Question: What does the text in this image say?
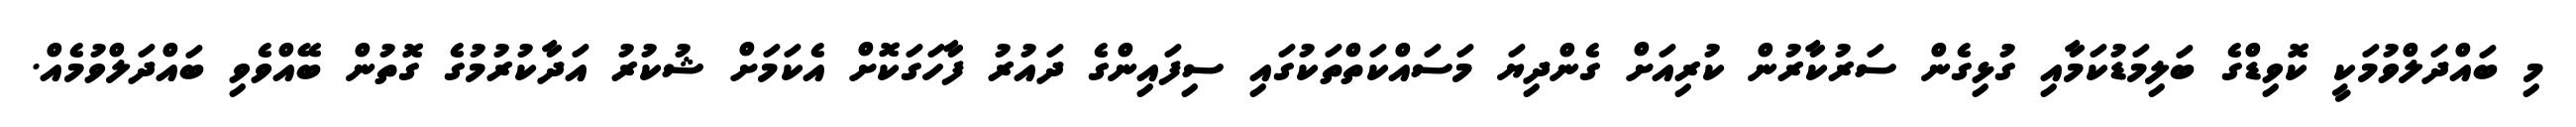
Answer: މި ބައްދަލްވުމަކީ ކޮވިޑްގެ ބަލިމަޑުކަމާއި ގުޅިގެން ސަރުކާރުން ކުރިއަށް ގެންދިޔަ މަސައްކަތްތަކުގައި ސިފައިންގެ ދައުރު ފާހަގަކޮށް އެކަމަށް ޝުކުރު އަދާކުރުމުގެ ގޮތުން ބޭއްވެވި ބައްދަލްވުމެއް.